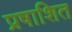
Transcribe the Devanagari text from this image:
प्रषाशित